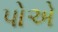
પોએ